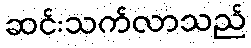
ဆင်းသက်လာသည်